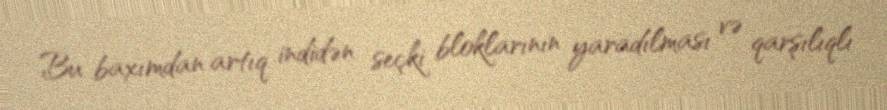
Bu baxımdan artıq indidən seçki bloklarının yaradılması və qarşılıqlı